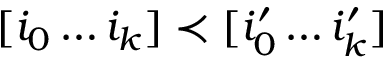
[ i _ { 0 } \dots i _ { k } ] \prec [ i _ { 0 } ^ { \prime } \dots i _ { k } ^ { \prime } ]